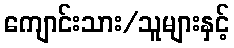
ကျောင်းသား/သူများနှင့်